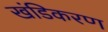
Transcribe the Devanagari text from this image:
खंडिकरण